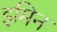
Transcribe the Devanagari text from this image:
इमिन